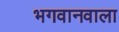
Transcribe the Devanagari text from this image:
भगवानवाला